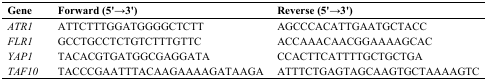
<table><thead><tr><td><b>Gene</b></td><td><b>Forward (5′→3′)</b></td><td><b>Reverse (5′→3′)</b></td></tr></thead><tbody><tr><td><i>ATR1</i></td><td>ATTCTTTGGATGGGGCTCTT</td><td>AGCCCACATTGAATGCTACC</td></tr><tr><td><i>FLR1</i></td><td>GCCTGCCTCTGTCTTTGTTC</td><td>ACCAAACAACGGAAAAGCAC</td></tr><tr><td><i>YAP1</i></td><td>TACACGTGATGGCGAGGATA</td><td>CCACTTCATTTTGCTGCTGA</td></tr><tr><td><i>TAF10</i></td><td>TACCCGAATTTACAAGAAAAGATAAGA</td><td>ATTTCTGAGTAGCAAGTGCTAAAAGTC</td></tr></tbody></table>